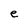
Character: e